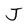
Character: J